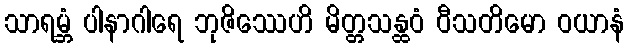
သာရမ္ဘံ ပါနာဂါရေ ဘုဇိဿေဟိ မိတ္တသန္ထဝံ ဝီသတိမော ဝယာနံ